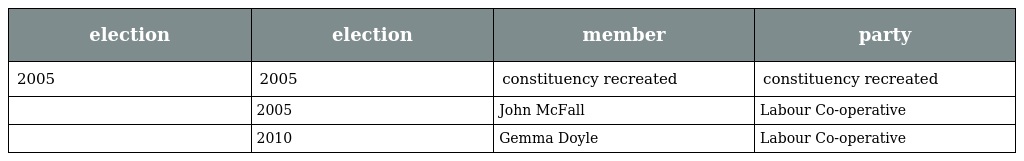
| election | election | member | party |
 | --- | --- | --- | --- |
 | 2005 | 2005 | constituency recreated | constituency recreated |
 |  | 2005 | John McFall | Labour Co-operative |
 |  | 2010 | Gemma Doyle | Labour Co-operative |